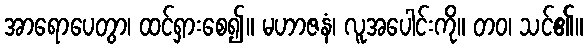
အာရောပေတွာ၊ ထင်ရှားစေ၍။ မဟာဇနံ၊ လူအပေါင်းကို။ တဝ၊ သင်၏။